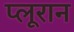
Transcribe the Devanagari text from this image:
प्लूरान